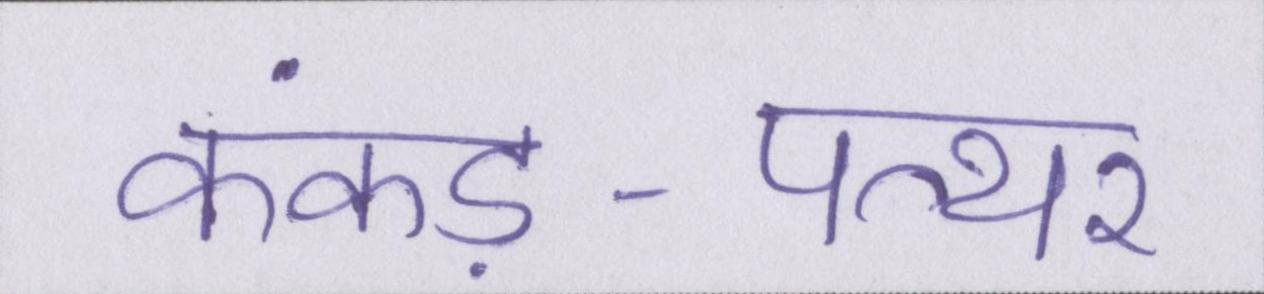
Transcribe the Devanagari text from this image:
कंकड़-पत्थर